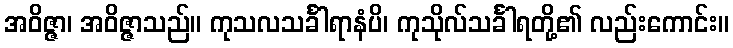
အဝိဇ္ဇာ၊ အဝိဇ္ဇာသည်။ ကုသလသင်္ခါရာနံပိ၊ ကုသိုလ်သင်္ခါရတို့၏ လည်းကောင်း။